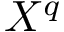
X ^ { q }